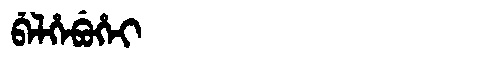
Manchu: ᠪᡝᠯᡥᡝᠪᡠᡥᡝᡳ
Romanization: BELHEBUHEI